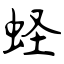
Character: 蛏